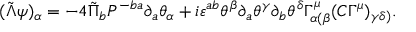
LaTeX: ( \tilde { \Lambda } \psi ) _ { \alpha } = - 4 \tilde { \Pi } _ { b } P ^ { - b a } \partial _ { a } \theta _ { \alpha } + i \varepsilon ^ { a b } \theta ^ { \beta } \partial _ { a } \theta ^ { \gamma } \partial _ { b } \theta ^ { \delta } \Gamma _ { \alpha ( \beta } ^ { \mu } ( C \Gamma ^ { \mu } ) _ { \gamma \delta ) } .